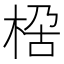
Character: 𭪏